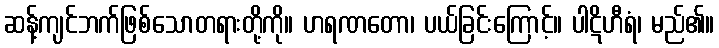
ဆန့်ကျင်ဘက်ဖြစ်သောတရားတို့ကို။ ဟရဏတော၊ ပယ်ခြင်းကြောင့်။ ပါဋိဟီရံ၊ မည်၏။